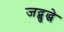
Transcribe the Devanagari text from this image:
जद्बुद्धे